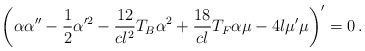
\begin{align*}\left(\alpha \alpha'' - \frac 12 \alpha'^2 - \frac{12}{cl^2}T_B\alpha^2+ \frac{18}{cl}T_F\alpha \mu - 4l\mu' \mu\right)' = 0\,. \end{align*}